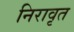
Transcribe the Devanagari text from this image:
निरावृत